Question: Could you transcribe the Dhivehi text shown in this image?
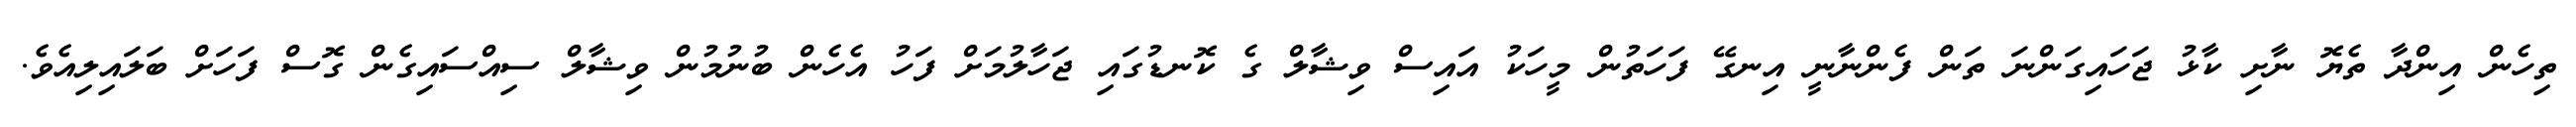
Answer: ތިހެން އިންދާ ތެޔޮ ނާށި ކާޅު ޖަހައިގަންނަ ތަން ފެންނާނީ އިނގޭ ފަހަތުން މީހަކު އައިސް ވިޝާލް ގެ ކޮނޑުގައި ޖަހާލުމަށް ފަހު އެހެން ބުނުމުން ވިޝާލް ސިއްސައިގެން ގޮސް ފަހަށް ބަލައިލިއެވެ.